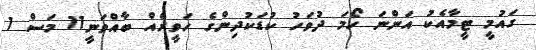
ގައުމީ ޓީމާއެކު އަންނަ ހޯމަ ދުވަހު ކުޑަކުދިންގެ ހަވީރެއް ބާއްވަނީ11 މަސް 1